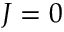
J = 0